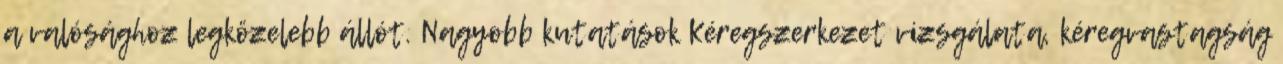
a valósághoz legközelebb állót. Nagyobb kutatások Kéregszerkezet vizsgálata, kéregvastagság